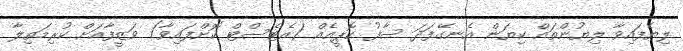
ލިޔެފައިވާ ލިޔުންތައް ކިޔަން އެނގޭފަދަ ސާފު ކޮޕީއެއް (އެޓެސްޓް ކޮށްފައިވާ) ވަޒީފާއަށް ކުރިމަތިލާ